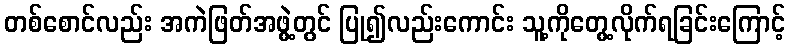
တစ်စောင်လည်း အကဲဖြတ်အဖွဲ့တွင် ပြု၍လည်းကောင်း သူ့ကိုတွေ့လိုက်ရခြင်းကြောင့်